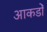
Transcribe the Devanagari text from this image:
आकडोँ